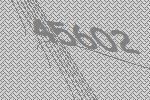
45602